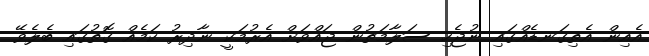
އެއިން އެތިގަނޑެއްގައި ނުޖެހި ސަލާމަތުން ޖައްވަށް އެރުމަކީ ނާދިރު ކަމެއް ގޮތުގައި ބެލެވޭ